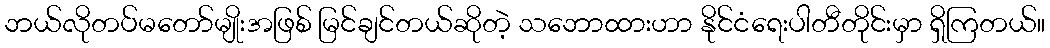
ဘယ်လိုတပ်မတော်မျိုးအဖြစ် မြင်ချင်တယ်ဆိုတဲ့ သဘောထားဟာ နိုင်ငံရေးပါတီတိုင်းမှာ ရှိကြတယ်။